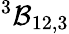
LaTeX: {^3{\cal B}_{12,3}}